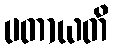
ပတာယတိ